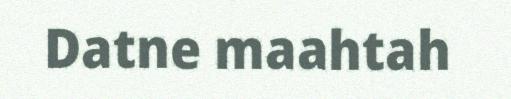
Datne maahtah